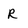
Character: R